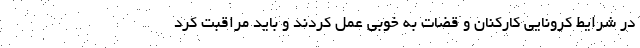
در شرایط کرونایی کارکنان و قضات به خوبی عمل کردند و باید مراقبت کرد